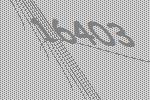
16403